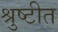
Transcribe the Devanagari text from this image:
श्रुष्टीत